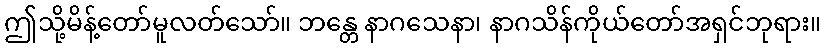
ဤသို့မိန့်တော်မူလတ်သော်။ ဘန္တေ နာဂသေနာ၊ နာဂသိန်ကိုယ်တော်အရှင်ဘုရား။